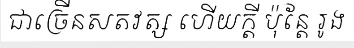
ជាច្រើនសតវត្ស ហើយក្តី ប៉ុន្តែ រូង